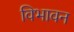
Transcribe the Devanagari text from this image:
विभावन